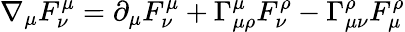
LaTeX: \nabla_{\mu}F_{\nu}^{\mu}=\partial_{\mu}F_{\nu}^{\mu}+\Gamma_{\mu\rho}^{\mu}F_{\nu}^{\rho}-\Gamma_{\mu\nu}^{\rho}F_{\mu}^{\rho}